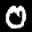
Label: 0